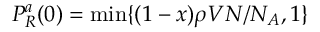
P _ { R } ^ { a } ( 0 ) = \mathrm { m i n } \{ ( 1 - x ) \rho V N / N _ { A } , 1 \}